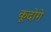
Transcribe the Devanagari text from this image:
कूदोगे